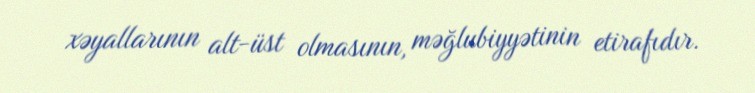
xəyallarının alt-üst olmasının, məğlubiyyətinin etirafıdır.